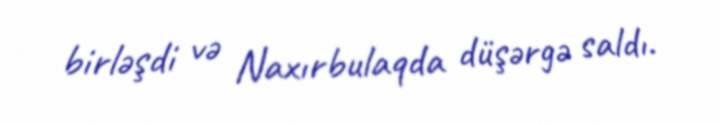
birləşdi və Naxırbulaqda düşərgə saldı.